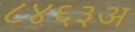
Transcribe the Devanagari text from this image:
८४६३अ